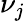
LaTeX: \nu_{j}